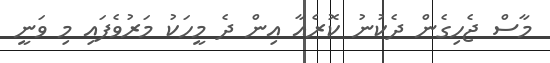
މާސް ޖެހިގެން ދެކުނު ކޮރެއާ އިން ދެ މީހަކު މަރުވެފައި މި ވަނީ